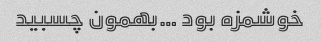
خوشمزه بود …بهمون چسبید